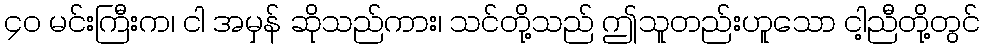
၄၀ မင်းကြီးက၊ ငါ အမှန် ဆိုသည်ကား၊ သင်တို့သည် ဤသူတည်းဟူသော ငါ့ညီတို့တွင်